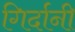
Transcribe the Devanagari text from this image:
गिर्दानी